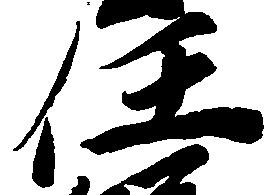
任